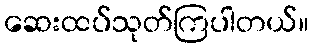
ဆေးထပ်သုတ်ကြပါတယ်။